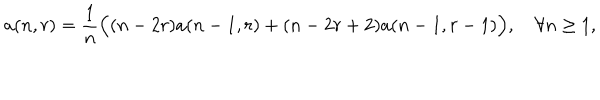
a ( n , r ) = { \frac { 1 } { n } } \Bigl ( ( n - 2 r ) a ( n - 1 , r ) + ( n - 2 r + 2 ) a ( n - 1 , r - 1 ) \Bigr ) , \quad \forall n \geq 1 ,